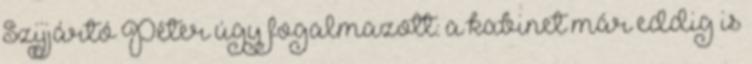
Szijjártó Péter úgy fogalmazott: a kabinet már eddig is